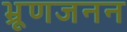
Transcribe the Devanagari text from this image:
भ्रूणजनन